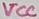
Text: VCC